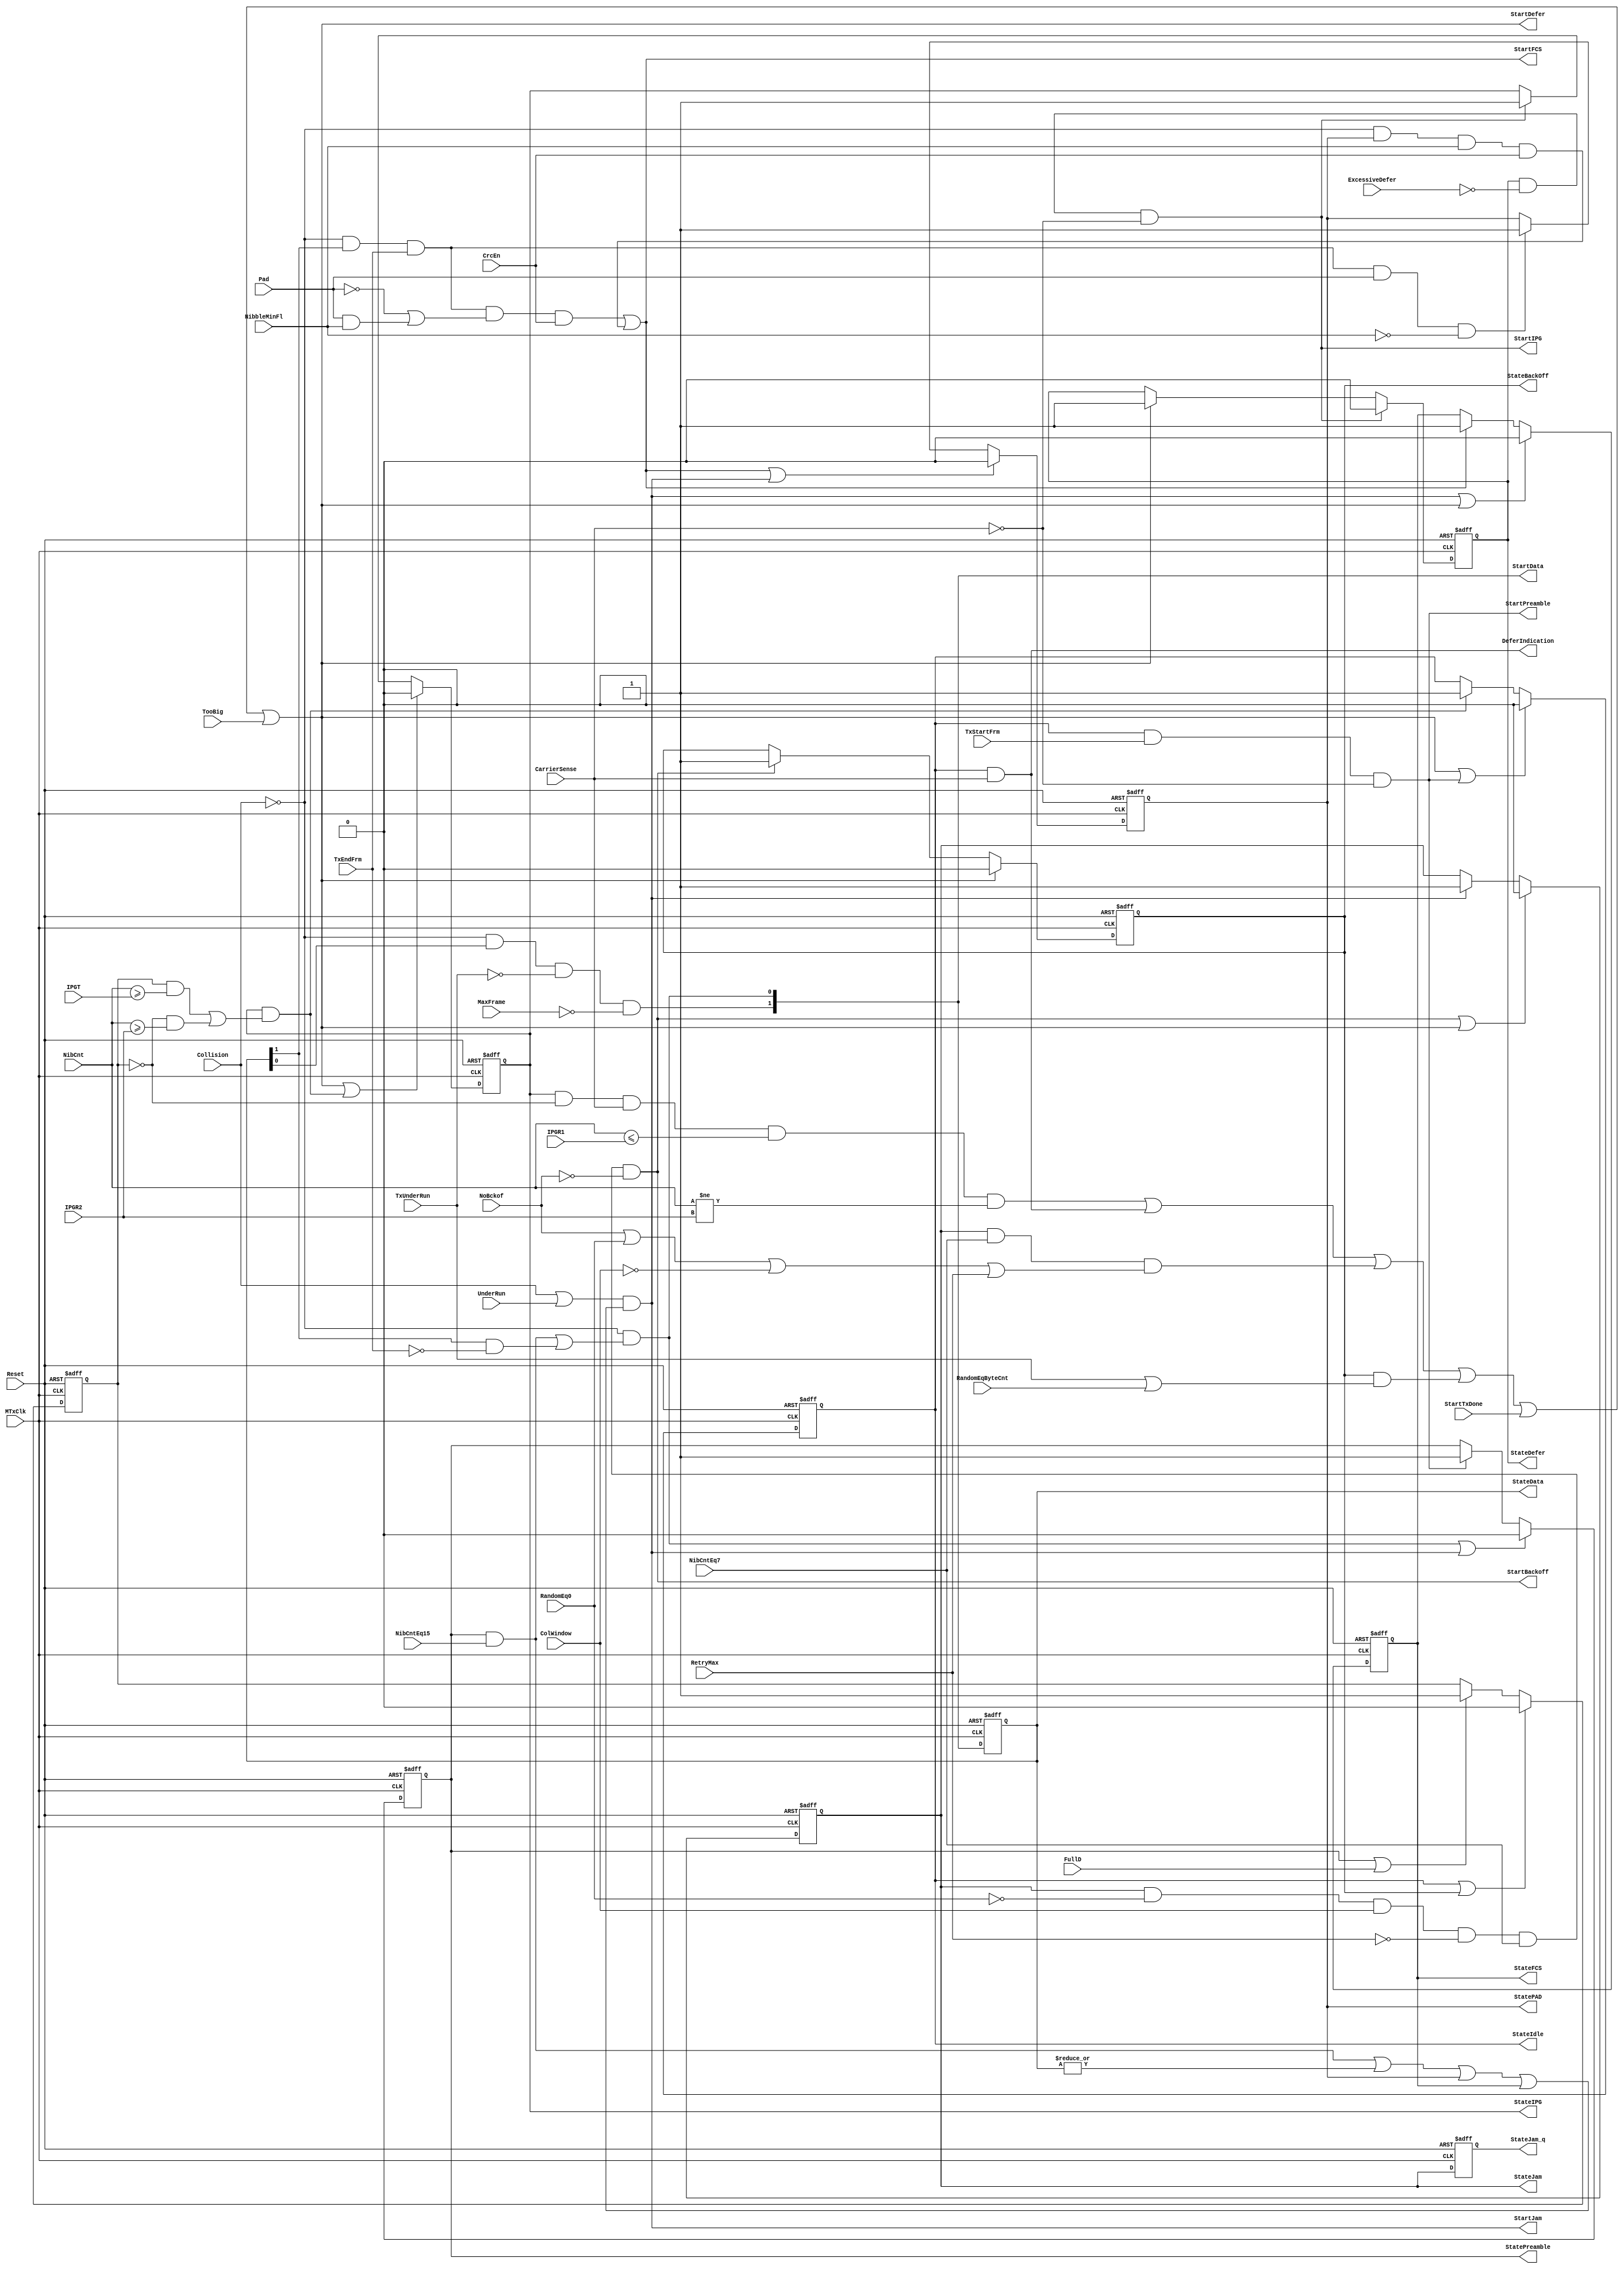
// This program was cloned from: https://github.com/NYU-MLDA/OpenABC
// License: BSD 3-Clause "New" or "Revised" License

module eth_txstatem  (MTxClk, Reset, ExcessiveDefer, CarrierSense, NibCnt, IPGT, IPGR1, 
                      IPGR2, FullD, TxStartFrm, TxEndFrm, TxUnderRun, Collision, UnderRun, 
                      StartTxDone, TooBig, NibCntEq7, NibCntEq15, MaxFrame, Pad, CrcEn, 
                      NibbleMinFl, RandomEq0, ColWindow, RetryMax, NoBckof, RandomEqByteCnt,
                      StateIdle, StateIPG, StatePreamble, StateData, StatePAD, StateFCS, 
                      StateJam, StateJam_q, StateBackOff, StateDefer, StartFCS, StartJam, 
                      StartBackoff, StartDefer, DeferIndication, StartPreamble, StartData, StartIPG
                     );

input MTxClk;
input Reset;
input ExcessiveDefer;
input CarrierSense;
input [6:0] NibCnt;
input [6:0] IPGT;
input [6:0] IPGR1;
input [6:0] IPGR2;
input FullD;
input TxStartFrm;
input TxEndFrm;
input TxUnderRun;
input Collision;
input UnderRun;
input StartTxDone; 
input TooBig;
input NibCntEq7;
input NibCntEq15;
input MaxFrame;
input Pad;
input CrcEn;
input NibbleMinFl;
input RandomEq0;
input ColWindow;
input RetryMax;
input NoBckof;
input RandomEqByteCnt;


output StateIdle;         // Idle state
output StateIPG;          // IPG state
output StatePreamble;     // Preamble state
output [1:0] StateData;   // Data state
output StatePAD;          // PAD state
output StateFCS;          // FCS state
output StateJam;          // Jam state
output StateJam_q;        // Delayed Jam state
output StateBackOff;      // Backoff state
output StateDefer;        // Defer state

output StartFCS;          // FCS state will be activated in next clock
output StartJam;          // Jam state will be activated in next clock
output StartBackoff;      // Backoff state will be activated in next clock
output StartDefer;        // Defer state will be activated in next clock
output DeferIndication;
output StartPreamble;     // Preamble state will be activated in next clock
output [1:0] StartData;   // Data state will be activated in next clock
output StartIPG;          // IPG state will be activated in next clock

wire StartIdle;           // Idle state will be activated in next clock
wire StartPAD;            // PAD state will be activated in next clock


reg StateIdle;
reg StateIPG;
reg StatePreamble;
reg [1:0] StateData;
reg StatePAD;
reg StateFCS;
reg StateJam;
reg StateJam_q;
reg StateBackOff;
reg StateDefer;
reg Rule1;


// Defining the next state
assign StartIPG = StateDefer & ~ExcessiveDefer & ~CarrierSense;

assign StartIdle = StateIPG & (Rule1 & NibCnt[6:0] >= IPGT | ~Rule1 & NibCnt[6:0] >= IPGR2);

assign StartPreamble = StateIdle & TxStartFrm & ~CarrierSense;

assign StartData[0] = ~Collision & (StatePreamble & NibCntEq15 | StateData[1] & ~TxEndFrm);

assign StartData[1] = ~Collision & StateData[0] & ~TxUnderRun & ~MaxFrame;

assign StartPAD = ~Collision & StateData[1] & TxEndFrm & Pad & ~NibbleMinFl;

assign StartFCS = ~Collision & StateData[1] & TxEndFrm & (~Pad | Pad & NibbleMinFl) & CrcEn
                | ~Collision & StatePAD & NibbleMinFl & CrcEn;

assign StartJam = (Collision | UnderRun) & ((StatePreamble & NibCntEq15) | (|StateData[1:0]) | StatePAD | StateFCS);

assign StartBackoff = StateJam & ~RandomEq0 & ColWindow & ~RetryMax & NibCntEq7 & ~NoBckof;

assign StartDefer = StateIPG & ~Rule1 & CarrierSense & NibCnt[6:0] <= IPGR1 & NibCnt[6:0] != IPGR2
                  | StateIdle & CarrierSense 
                  | StateJam & NibCntEq7 & (NoBckof | RandomEq0 | ~ColWindow | RetryMax)
                  | StateBackOff & (TxUnderRun | RandomEqByteCnt)
                  | StartTxDone | TooBig;

assign DeferIndication = StateIdle & CarrierSense;

// Tx State Machine
always @ (posedge MTxClk or posedge Reset)
begin
  if(Reset)
    begin
      StateIPG        <=  1'b0;
      StateIdle       <=  1'b0;
      StatePreamble   <=  1'b0;
      StateData[1:0]  <=  2'b0;
      StatePAD        <=  1'b0;
      StateFCS        <=  1'b0;
      StateJam        <=  1'b0;
      StateJam_q      <=  1'b0;
      StateBackOff    <=  1'b0;
      StateDefer      <=  1'b1;
    end
  else
    begin
      StateData[1:0] <=  StartData[1:0];
      StateJam_q <=  StateJam;

      if(StartDefer | StartIdle)
        StateIPG <=  1'b0;
      else
      if(StartIPG)
        StateIPG <=  1'b1;

      if(StartDefer | StartPreamble)
        StateIdle <=  1'b0;
      else
      if(StartIdle)
        StateIdle <=  1'b1;

      if(StartData[0] | StartJam)
        StatePreamble <=  1'b0;
      else
      if(StartPreamble)
        StatePreamble <=  1'b1;

      if(StartFCS | StartJam)
        StatePAD <=  1'b0;
      else
      if(StartPAD)
        StatePAD <=  1'b1;

      if(StartJam | StartDefer)
        StateFCS <=  1'b0;
      else
      if(StartFCS)
        StateFCS <=  1'b1;

      if(StartBackoff | StartDefer)
        StateJam <=  1'b0;
      else
      if(StartJam)
        StateJam <=  1'b1;

      if(StartDefer)
        StateBackOff <=  1'b0;
      else
      if(StartBackoff)
        StateBackOff <=  1'b1;

      if(StartIPG)
        StateDefer <=  1'b0;
      else
      if(StartDefer)
        StateDefer <=  1'b1;
    end
end


// This sections defines which interpack gap rule to use
always @ (posedge MTxClk or posedge Reset)
begin
  if(Reset)
    Rule1 <=  1'b0;
  else
    begin
      if(StateIdle | StateBackOff)
        Rule1 <=  1'b0;
      else
      if(StatePreamble | FullD)
        Rule1 <=  1'b1;
    end
end



endmodule